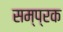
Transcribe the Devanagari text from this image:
सम्प्रक